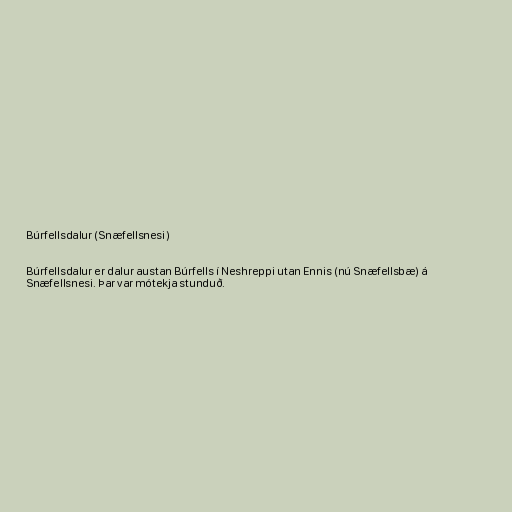
Búrfellsdalur (Snæfellsnesi)

Búrfellsdalur er dalur austan Búrfells í Neshreppi utan Ennis (nú Snæfellsbæ) á
Snæfellsnesi. Þar var mótekja stunduð.